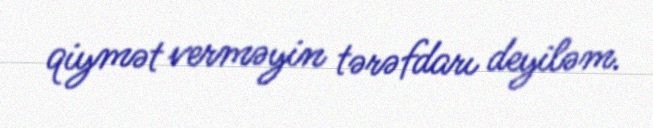
qiymət verməyin tərəfdarı deyiləm.